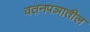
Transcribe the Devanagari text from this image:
वतनपञातील